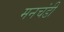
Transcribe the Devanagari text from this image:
मनचंडी